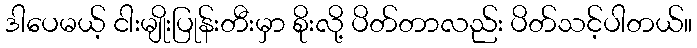
ဒါပေမယ့် ငါးမျိုးပြုန်းတီးမှာ စိုးလို့ ပိတ်တာလည်း ပိတ်သင့်ပါတယ်။